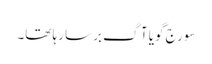
سورج گویا آگ برسا رہا تھا۔